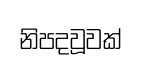
නිපදවූවක්